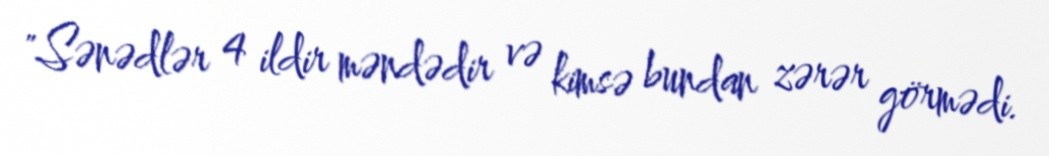
"Sənədlər 4 ildir məndədir və kimsə bundan zərər görmədi.